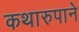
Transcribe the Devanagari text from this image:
कथारुपाने